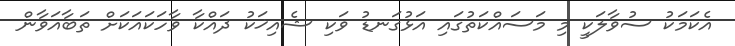
އެކަމަކު ސުވާލަކީ މި މަސައްކަތުގައި އަޅުގަނޑު ވަކި ޝެއިޚަކު ދައްކާ ވާހަކައަކަށް ތަބާއަވާން